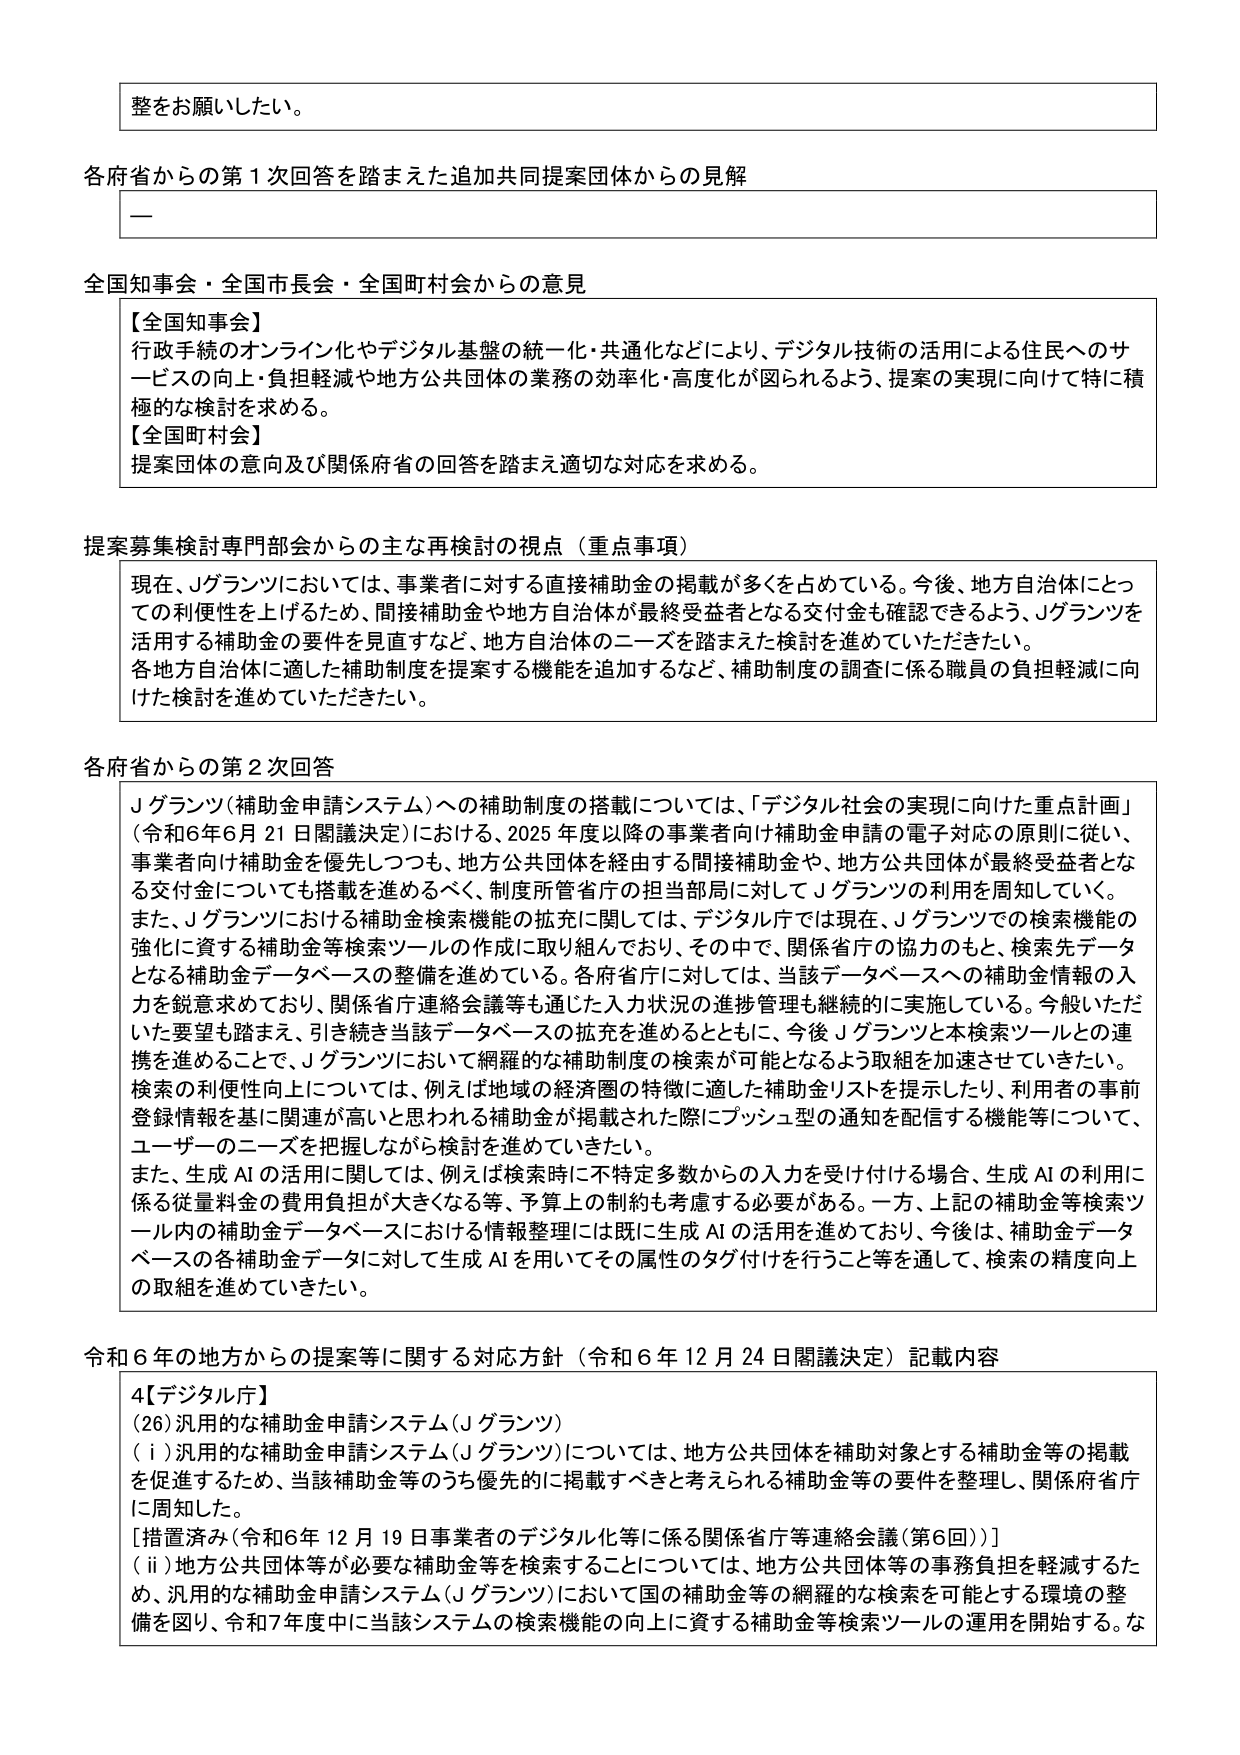
整をお願いしたい。

各府省からの第1次回答を踏まえた追加共同提案団体からの見解
一

全国知事会・全国市長会・全国町村会からの意見
【全国知事会】
行政手続のオンライン化やデジタル基盤の統一・共通化などにより、デジタル技術の活用による住民へのサービスの向上・負担軽減や地方公共団体の業務の効率化・高度化が図られるよう、提案の実現に向けて特に積極的な検討を求める。
【全国町村会】
提案団体の意向及び関係府省の回答を踏まえ適切な対応を求める。

提案募集検討専門部会からの主な再検討の視点（重点事項）
現在、Jグランツにおいては、事業者に対する直接補助金の掲載が多くを占めている。今後、地方自治体にとっての利便性を上げるため、間接補助金や地方自治体が最終受益者となる交付金も確認できるよう、Jグランツを活用する補助金の要件を見直すなど、地方自治体のニーズを踏まえた検討を進めていただきたい。
各地方自治体に適した補助制度を提案する機能を追加するなど、補助制度の調査に係る職員の負担軽減に向けた検討を進めていただきたい。

各府省からの第2次回答
Jグランツ（補助金申請システム）への補助制度の搭載については、「デジタル社会の実現に向けた重点計画」（令和6年6月21日閣議決定）において、2025年度以降の事業者向け補助金申請の電子対応の原則に従い、事業者向け補助金を優先しつつも、地方公共団体を経由する間接補助金や、地方公共団体が最終受益者となる交付金についても掲載を進めるべく、制度所管省庁の担当部局に対してJグランツの利用を周知していく。
また、Jグランツにおける補助金検索機能の拡充に関しては、デジタル庁では現在、Jグランツでの検索機能の強化に資する補助金等検索ツールの作成に取り組んでおり、その中で、関係省庁の協力のもと、検索先データとなる補助金データベースの整備を進めている。各府省庁に対しては、当該データベースへの補助金情報の入力を鋭意求めており、関係省庁連絡会議等も通じた入力状況の進捗管理も継続的に実施している。今般いただいた要望も踏まえ、引き続き当該データベースの拡充を進めるとともに、今後Jグランツと本検索ツールとの連携を進めることで、Jグランツにおいて網羅的な補助制度の検索が可能となるよう取組を加速させていきたい。
検索の利便性向上については、例えば地域の経済圏の特徴に適した補助金リストを提示したり、利用者の事前登録情報に基づく関連が高いと思われる補助金が掲載された際にプッシュ型の通知を配信する機能等について、ユーザーのニーズを把握しながら検討を進めていきたい。
また、生成AIの活用に関しては、例えば検索時に不特定多数からの入力を受け付ける場合、生成AIの利用に係る従量料金の費用負担が大きくなる等、予算上の制約も考慮する必要がある。一方、上記の補助金等検索ツール内の補助金データベースにおける情報整理には既に生成AIの活用を進めており、今後は、補助金データベースの各補助金データに対して生成AIを用いてその属性のタグ付けを行うこと等を通じて、検索の精度向上の取組を進めていきたい。

令和6年の地方からの提案等に関する対応方針（令和6年12月24日閣議決定）記載内容
4【デジタル庁】
(26) 汎用的な補助金申請システム（Jグランツ）
（ⅰ）汎用的な補助金申請システム（Jグランツ）については、地方公共団体を補助対象とする補助金等の掲載を促進するため、当該補助金等のうち優先的に掲載すべきと考えられる補助金等の要件を整理し、関係府省庁に周知した。
[措置済み（令和6年12月19日事業者のデジタル化等に係る関係省庁等連絡会議（第6回））]
（ⅱ）地方公共団体等が必要な補助金を検索することについては、地方公共団体等の事務負担を軽減するため、汎用的な補助金申請システム（Jグランツ）において国の補助金等の網羅的な検索を可能とする環境の整備を図り、令和7年度中に当該システムの検索機能の向上に資する補助金等検索ツールの運用を開始する。な